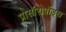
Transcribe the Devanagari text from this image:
प्रोसॉरोपॉड्स